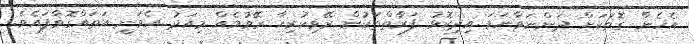
އެހެން ގޮތަކަށް ދަންނަވާނަމަ އިދިކޮޅު ފަރާތްތަކުން ރޭވިހުރިހާ ރޭވުމެއް މިއަދު އެވަނީ އަތައްގޮވާފައެވެ.